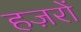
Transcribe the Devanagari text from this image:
हज़रों